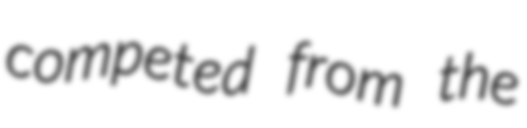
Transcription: competed from the